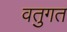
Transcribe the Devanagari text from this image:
वतुगत